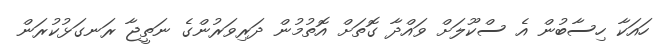
ހައަކާ ހިސާބުން އެ ސްކޫލަށް ވައްދާ ގޮތަށް އޮތުމުން ދަރިވަރުންގެ ނަތީޖާ ރަނގަޅުކުރަން